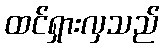
ထင်ရှားလှသည်